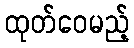
ထုတ်ဝေမည့်